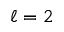
\ell = 2